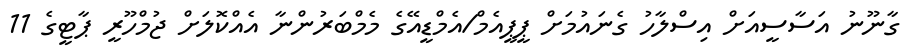
ގާނޫނު އަސާސީއަށް އިސްލާހު ގެނައުމަށް ޕީޕީއެމް/އެމްޑީއޭގެ މެމްބަރުންނާ އެއްކޮލަށް ޖުމްހޫރީ ޕާޓީގެ 11